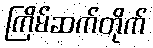
ကြိမ်ဆက်တိုက်